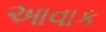
આવાક